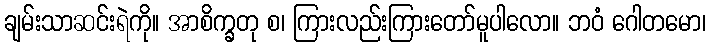
ချမ်းသာဆင်းရဲကို။ အာစိက္ခတု စ၊ ကြားလည်းကြားတော်မူပါလော။ ဘဝံ ဂေါတမော၊